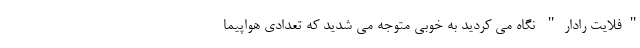
"فلایت رادار" نگاه می کردید به خوبی متوجه می شدید که تعدادی هواپیما